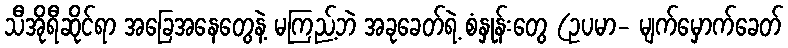
သီအိုရီဆိုင်ရာ အခြေအနေတွေနဲ့ မကြည့်ဘဲ အခုခေတ်ရဲ့ စံနှုန်းတွေ (ဥပမာ- မျက်မှောက်ခေတ်